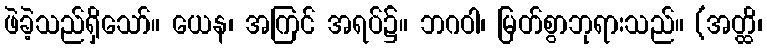
ဖဲခဲ့သည်ရှိသော်။ ယေန၊ အကြင် အရပ်၌။ ဘဂဝါ၊ မြတ်စွာဘုရားသည်။ (အတ္ထိ၊